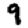
Digit: 9